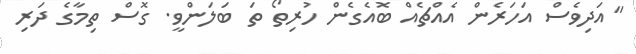
"އަދިވެސް އަހަރެން އެއްޗެއް ބޮއެގެން ހުރިތޯ ތަ ބަލަންވީ. ގޮސް ތިމާގެ ދަރި